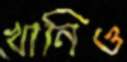
খানিও